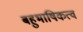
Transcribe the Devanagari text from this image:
बहुभाषिकत्व